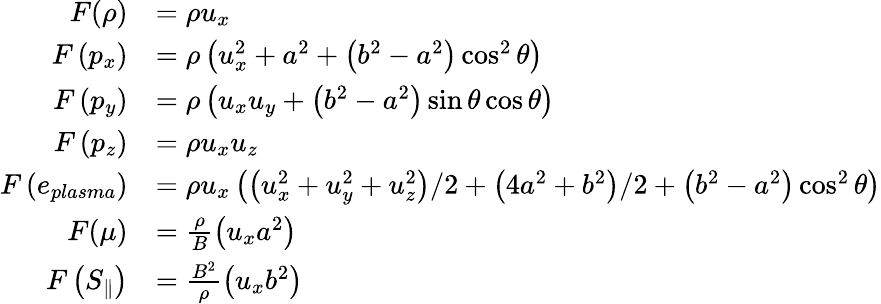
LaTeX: \begin{array}{rl}{F(\rho)}&{=\rho u_{x}}\\ {F\left(p_{x}\right)}&{=\rho\left(u_{x}^{2}+a^{2}+\left(b^{2}-a^{2}\right)\cos^{2}\theta\right)}\\ {F\left(p_{y}\right)}&{=\rho\left(u_{x}u_{y}+\left(b^{2}-a^{2}\right)\sin\theta\cos\theta\right)}\\ {F\left(p_{z}\right)}&{=\rho u_{x}u_{z}}\\ {F\left(e_{plasma}\right)}&{=\rho u_{x}\left(\left(u_{x}^{2}+u_{y}^{2}+u_{z}^{2}\right)/2+\left(4a^{2}+b^{2}\right)/2+\left(b^{2}-a^{2}\right)\cos^{2}\theta\right)}\\ {F(\mu)}&{=\frac{\rho}{B}\left(u_{x}a^{2}\right)}\\ {F\left(S_{\| }\right)}&{=\frac{B^{2}}{\rho}\left(u_{x}b^{2}\right)}\end{array}